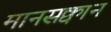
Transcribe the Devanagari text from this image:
मानसक्वान